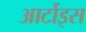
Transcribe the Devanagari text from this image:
आर्टोइस